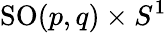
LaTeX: \mathrm{SO}(p,q)\times S^{1}